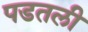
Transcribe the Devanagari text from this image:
पडतली